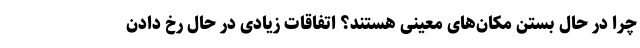
چرا در حال بستن مکان‌های معینی هستند؟ اتفاقات زیادی در حال رخ دادن